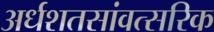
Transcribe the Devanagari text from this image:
अर्धशतसांवत्सरिक